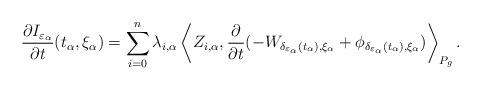
LaTeX: \begin{align*}\dfrac{\partial I_{\varepsilon_\alpha}}{\partial t}(t_\alpha,\xi_\alpha)=\sum_{i=0}^n \lambda_{i,\alpha} \left\langle Z_{i,\alpha},\dfrac{\partial}{\partial t}(-W_{\delta_{\varepsilon_\alpha}(t_\alpha),\xi_\alpha}+\phi_{\delta_{\varepsilon_\alpha}(t_\alpha),\xi_\alpha}) \right\rangle_{P_g}.\end{align*}